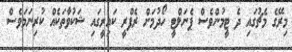
މިރޭގެ މެޗުގައި ދެ ޓީމުންވެސް ޕެނަލްޓީ ހޯދުމަށް ރެފްރީ ކައިރީގައި ޝަކުވާތަކެއް ކުރިނަމަވެސް